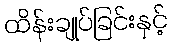
ထိန်းချုပ်ခြင်းနှင့်